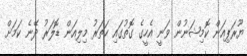
ޔޫރަޕިއަން ކޮމިޝަނުން ވަނީ އެހީގެ ގޮތުގައި ހަތަރު މިލިއަން ޑޮލަރު ދޭނެ ކަމަށް